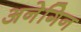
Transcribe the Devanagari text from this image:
अनेगिन